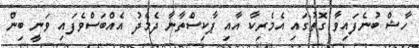
ހާޝް ބުނެފައިވާ ގޮތުގައި އެމެރިކާ އާއި ޕާކިސްތާނާ ދެމެދު އެއްބަސްވެފައި ވަނީ ބިން